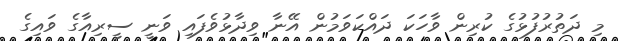
މި ދަތުރުފުޅުގެ ކުރިން ވާހަކަ ދައްކަވަމުން އޭނާ ވިދާޅުވެފައި ވަނީ ސީރިއާގެ ވައިގެ